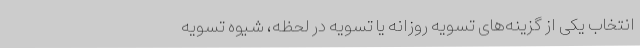
انتخاب یکی از گزینه‌های تسویه روزانه یا تسویه در لحظه، شیوه تسویه